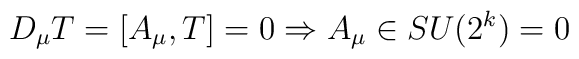
D_{\mu}T=[A_{\mu},T]=0 \Rightarrow A_{\mu} \in SU(2^k)=0